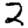
Digit: 2